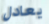
يعادل